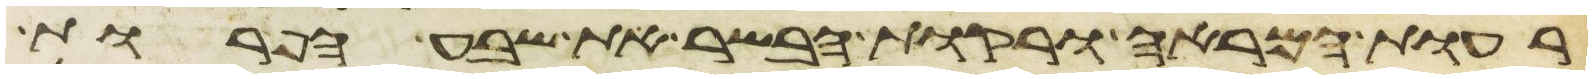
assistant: רעות המראה ורקות הבשר את שבע הפרות